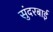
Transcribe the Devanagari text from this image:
सुंदरबाई